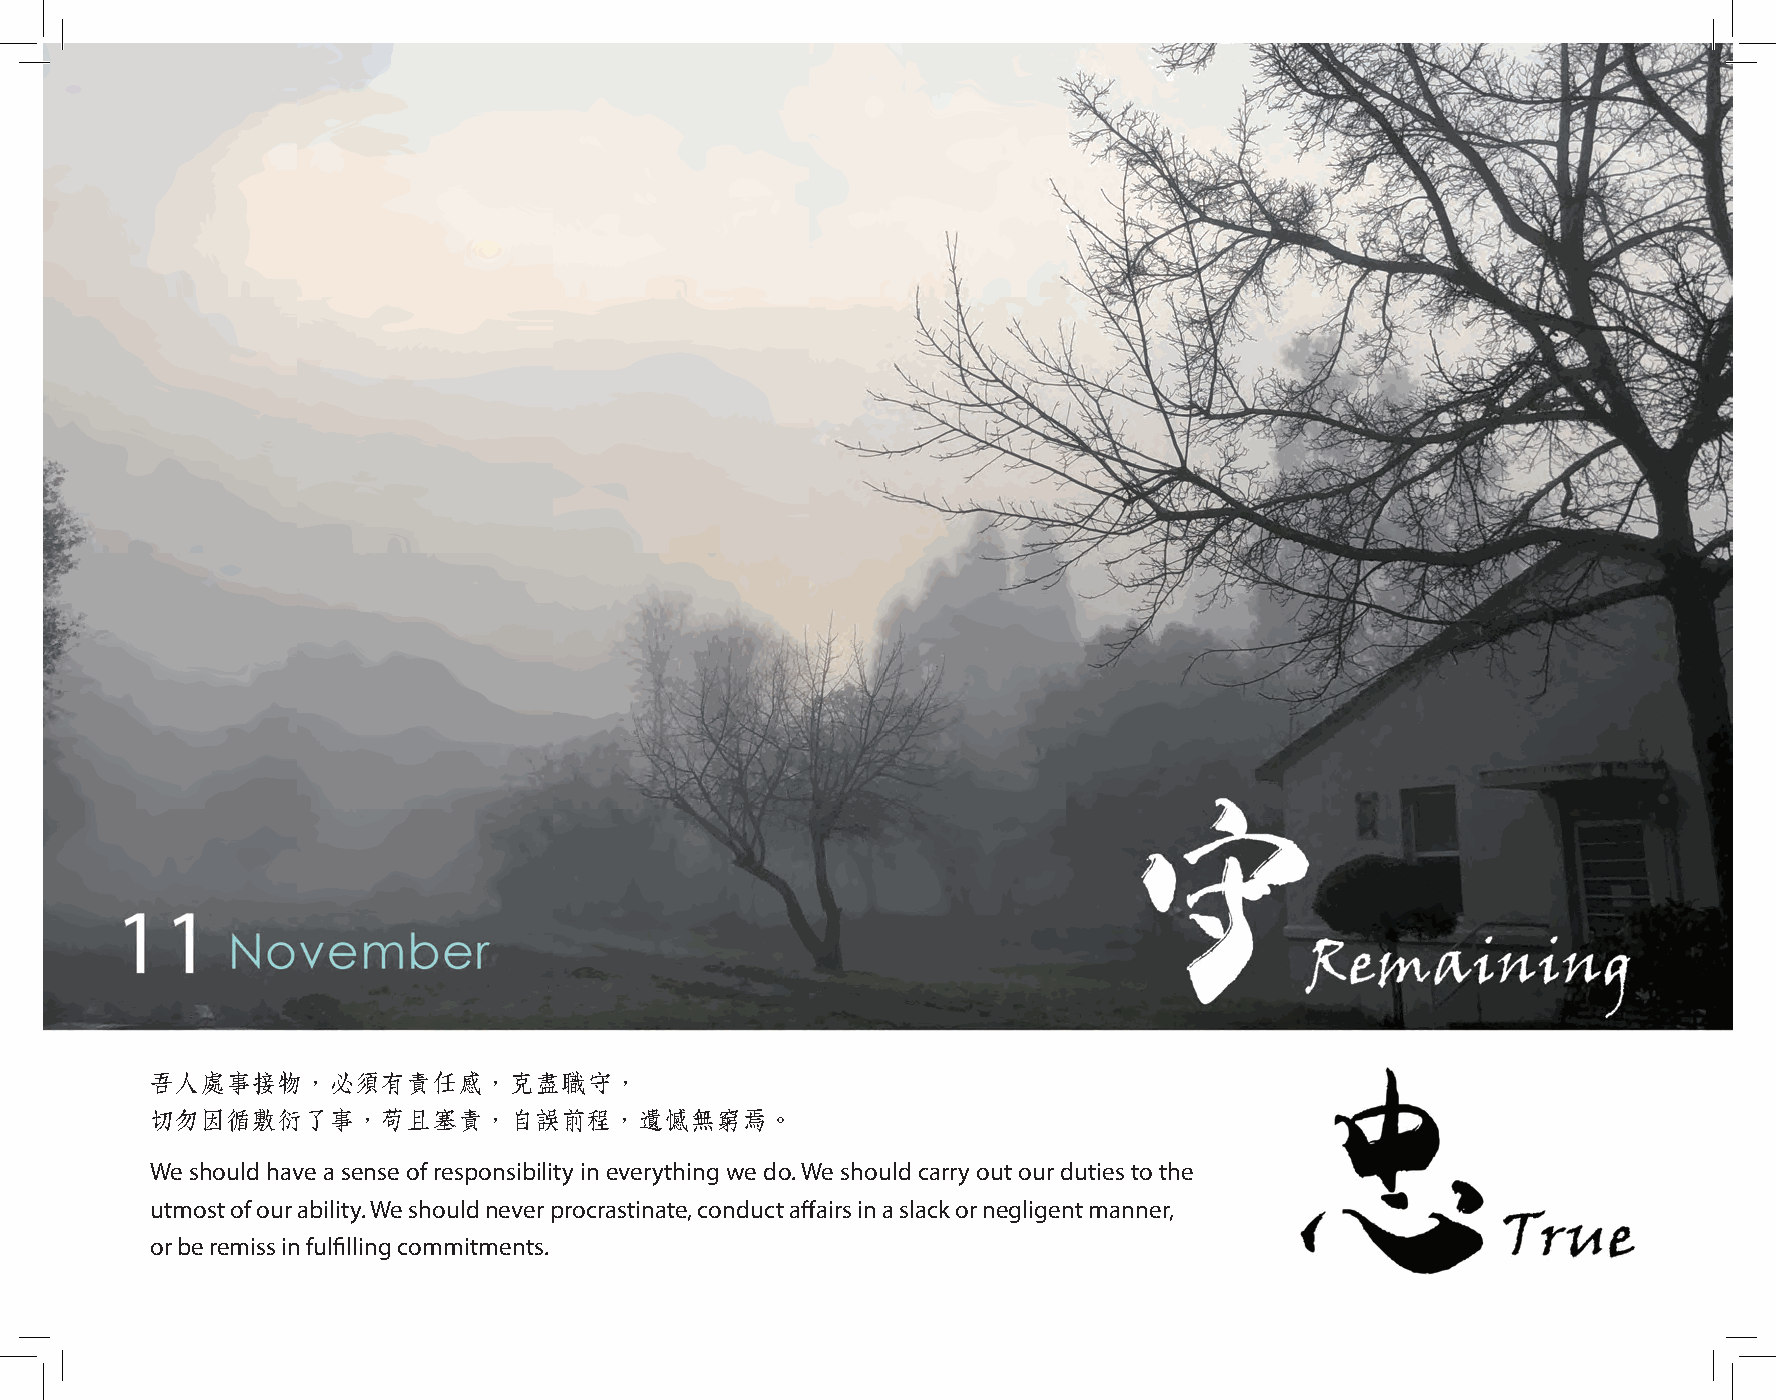
吾人處事接物，必須有責任感，克盡職守，
 切勿因循敷衍了事，苟且塞責，自誤前程，遺憾無窮焉。
 We should have a sense of responsibility in everything we do. We should carry out our duties to the
 utmost of our ability. We should never procrastinate, conduct affairs in a slack or negligent manner,
 or be remiss in fulfilling commitments.